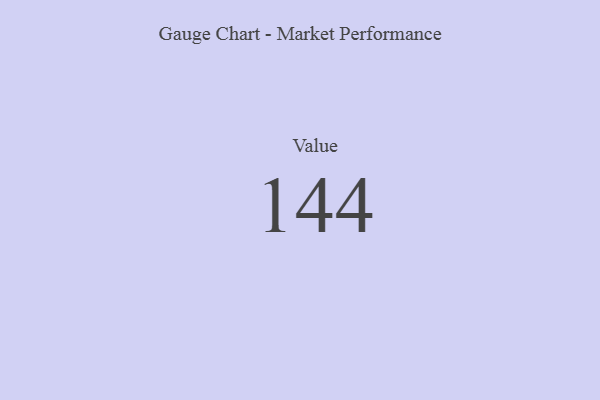
{"axis": {"x": "Metric", "y": "Value"}, "legend": [""], "data": [{"x": "Value", "y": 144, "type": ""}]}